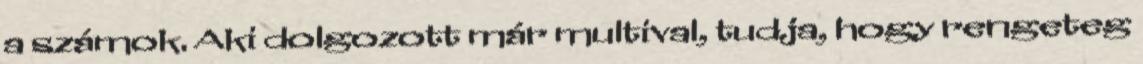
a számok. Aki dolgozott már multival, tudja, hogy rengeteg